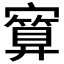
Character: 𪧯